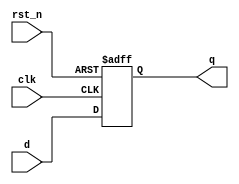
/* $Author: karu $ */
/* $LastChangedDate: 2009-03-04 23:09:45 -0600 (Wed, 04 Mar 2009) $ */
/* $Rev: 45 $ */
// D-flipflop
`timescale 1ns/1ps
module dff (q, d, clk, rst_n);

    output         q;
    input          d;
    input          clk;
    input          rst_n;

    reg            state;

    assign q = state;

    always @(posedge clk, negedge rst_n) begin
      if(~rst_n)
			state <= 1'b0;
		else
			state <= d;
    end

endmodule
// DUMMY LINE FOR REV CONTROL :0: